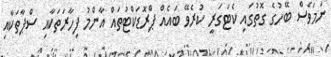
ނަމަވެސް ބޭހުގެ ގޮތުގައި ކެޓަގަރީ ކުރެވޭ ބައެއް ޕްރޮޑަކްޓުތައް އާންމު ފިހާރަތަކާއި ސްޕާތަކާއި